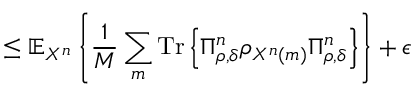
\leq \mathbb { E } _ { X ^ { n } } \left\{ { \frac { 1 } { M } } \sum _ { m } { \mathrm { T r } } \left\{ \Pi _ { \rho , \delta } ^ { n } \rho _ { X ^ { n } \left( m \right) } \Pi _ { \rho , \delta } ^ { n } \right\} \right\} + \epsilon